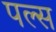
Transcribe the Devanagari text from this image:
पल्‍स